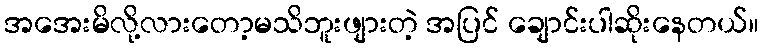
အအေးမိလို့လားတော့မသိဘူးဖျားတဲ့ အပြင် ချောင်းပါဆိုးနေတယ်။